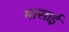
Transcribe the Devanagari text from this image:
मासाई